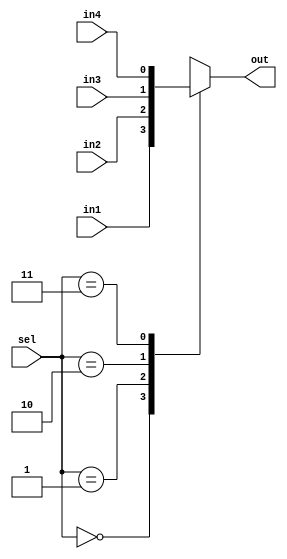
`timescale 1ns / 1ps
//////////////////////////////////////////////////////////////////////////////////
// Company: 
// Engineer: 
// 
// Design Name: 
// Module Name: mux_4x1
// Project Name: 
// Target Devices: 
// Tool Versions: 
// Description: 
// 
// Dependencies: 
// 
// Revision:
// Revision 0.01 - File Created
// Additional Comments:
// 
//////////////////////////////////////////////////////////////////////////////////


module mux_4x1(
    input in1,
    input in2,
    input in3,
    input in4,
    input [1:0] sel,
    output reg out
    );
    
    always @(*) begin
        out = 'b0;
        case(sel)
            'b00: out = in1;
            'b01: out = in2;
            'b10: out = in3;
            'b11: out = in4;
        endcase
    end
    
endmodule